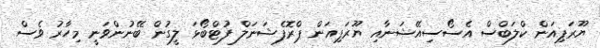
ޔޫރަޕިއަން ކްލަބްސް އެސޯސިއޭޝަނާއި ޔޫރަޕިއަން ޕްރޮފެޝަނަލް ފުޓްބޯޅަ ލީގުން ބޭނުންވަނީ މިހާރު ވެސް